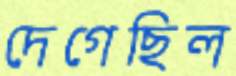
দেগেছিল